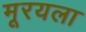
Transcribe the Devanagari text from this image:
मूरयला